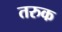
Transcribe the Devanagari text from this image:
तरुक